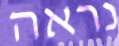
נראה